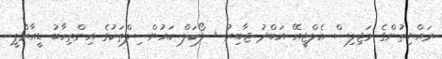
ރައްޔިތުންގެ މަޖިލިސް އެލްޖީއޭ އަބްދު ޖާބިރު + ލޯކަލް ކައުންސިލްތަކުގެ އިންތިހާބު ޑީއާރްޕީ